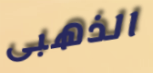
الذهبى